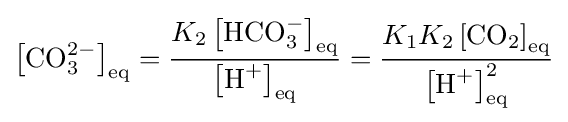
\left[{\textrm {CO}}_{3}^{2-}\right]_{\text{eq}}={\frac {K_{2}\left[{\textrm {HCO}}_{3}^{-}\right]_{\text{eq}}}{\left[{\textrm {H}}^{+}\right]_{\text{eq}}}}={\frac {K_{1}K_{2}\left[{\textrm {CO}}_{2}\right]_{\text{eq}}}{\left[{\textrm {H}}^{+}\right]_{\text{eq}}^{2}}}